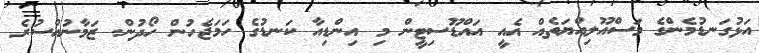
އަޅުގަނޑުމެންގެ މަސްއޫލިއްޔަތެއް އެއީ އައްޑޫސިޓީން މި އިންޑިއާ ކަނޑުގެ ހަމަޖެހުން ހޯދުން. ޒަމާނުއްސުރެ